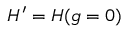
H ^ { \prime } = H ( g = 0 )